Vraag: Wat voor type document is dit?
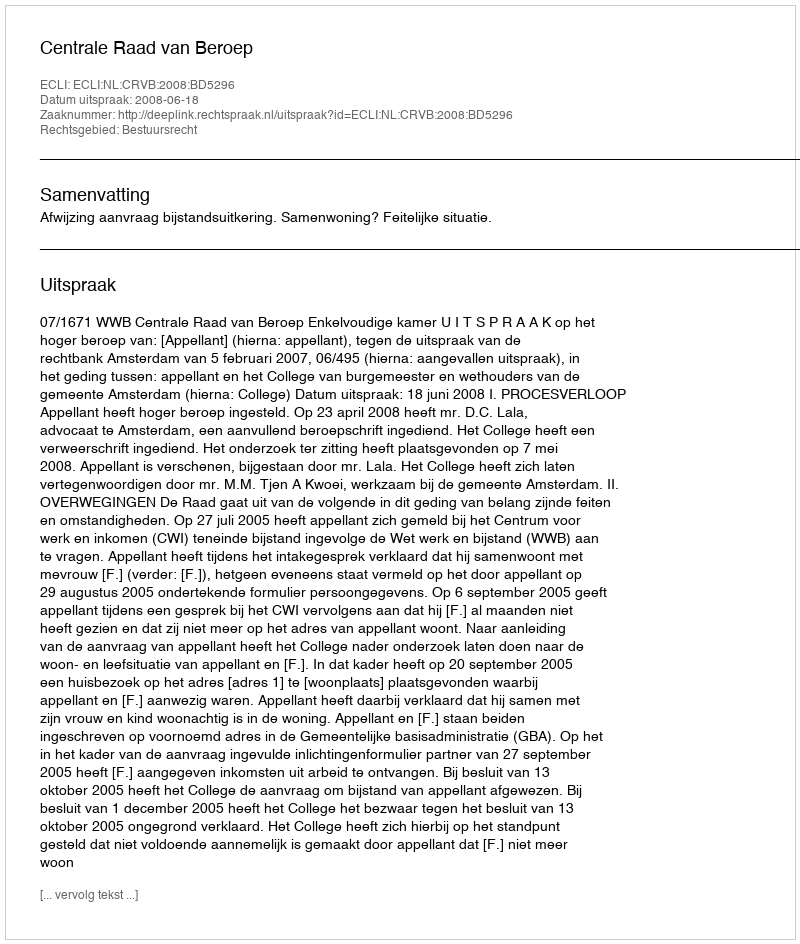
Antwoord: Uitspraak